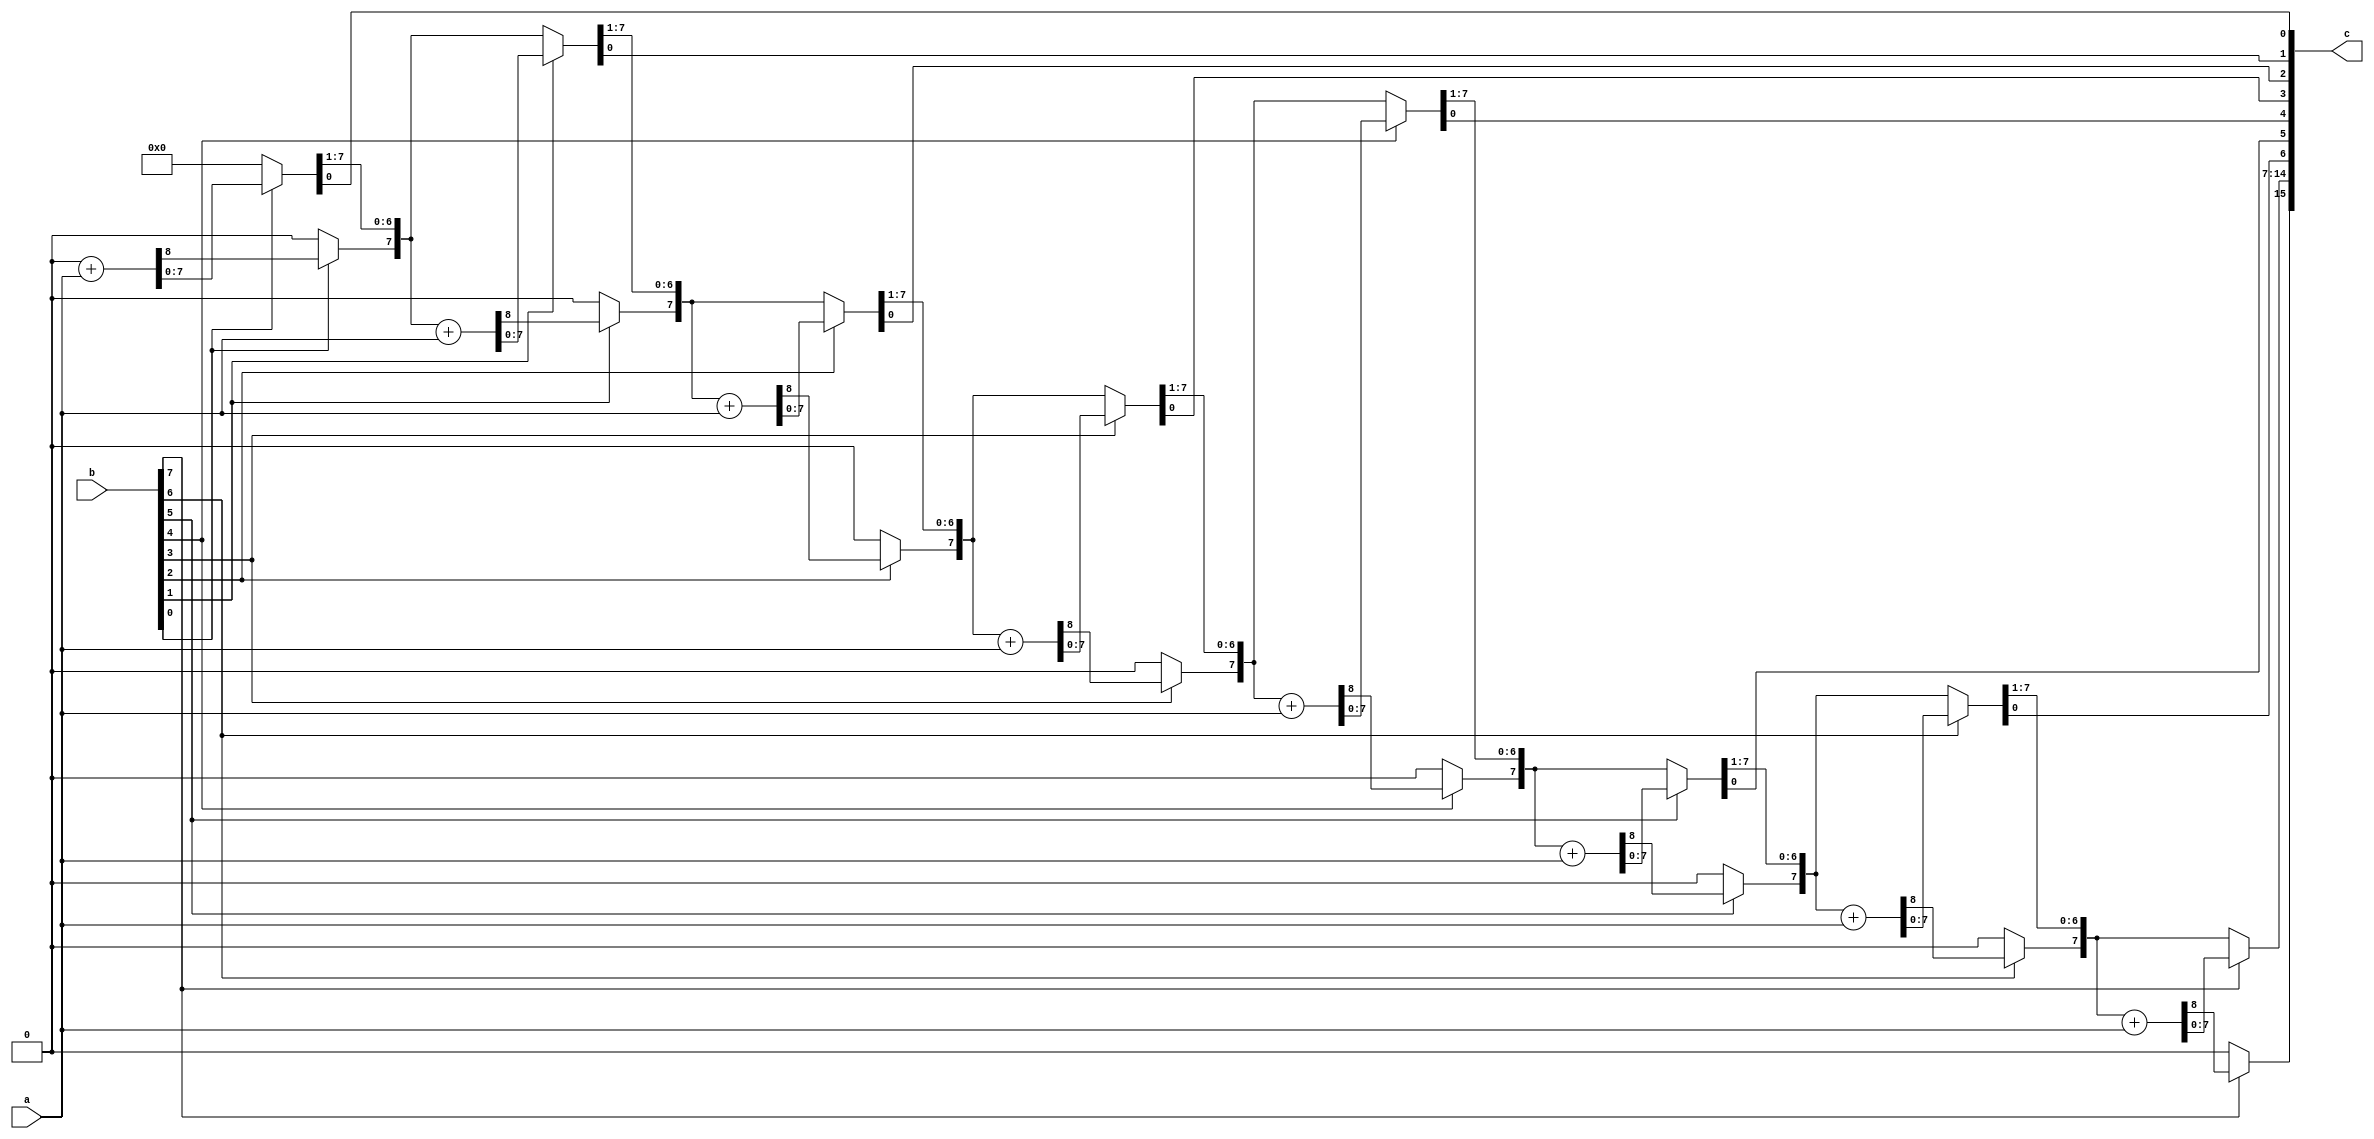
`timescale 1ns / 1ps
//////////////////////////////////////////////////////////////////////////////////
// Company: 
// Engineer: 
// 
// Design Name: 
// Module Name: mulu
// Project Name: 
// Target Devices: 
// Tool Versions: 
// Description: 
// 
// Dependencies: 
// 
// Revision:
// Revision 0.01 - File Created
// Additional Comments:
// 
//////////////////////////////////////////////////////////////////////////////////


module mulu
#(parameter WIDTH = 8)
    (
    input [WIDTH-1:0] a,
    input [WIDTH-1:0] b,
    output reg [WIDTH*2-1:0] c
    );
    reg [WIDTH-1:0] P;
    reg [WIDTH-1:0] Y;
    reg CY;
    integer i;
always @ (*) 
    begin
    Y = b;
    P = 0;
    CY = 0;
    for(i=0; i<WIDTH;i=i+1 )
    begin
    if(Y[0]==1) {CY,P}=P+a;
    {CY,P,Y}={CY,P,Y}>>1;
    end
    c={P,Y};
   end
endmodule